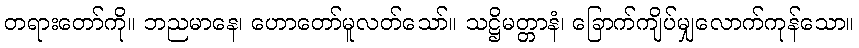
တရားတော်ကို။ ဘညမာနေ၊ ဟောတော်မူလတ်သော်။ သဋ္ဌိမတ္တာနံ၊ ခြောက်ကျိပ်မျှလောက်ကုန်သော။